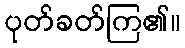
ပုတ်ခတ်ကြ၏။